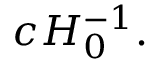
c H _ { 0 } ^ { - 1 } .